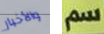
والأخبار سم